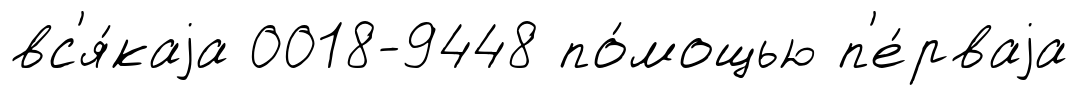
вс'я́каjа 0018-9448 по́мощью п'е́рваjа